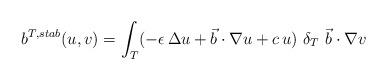
LaTeX: \begin{align*}b^{T,stab}(u,v)=\int_{T}(-\epsilon \, \Delta u+\vec{b} \cdot \nabla u+c \, u)\ \delta_{T}\ \vec{b} \cdot \nabla v \\\end{align*}